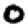
Digit: 0